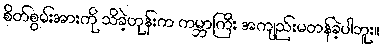
စိတ်စွမ်းအားကို သိခဲ့တုန်းက ကမ္ဘာကြီး အကျည်းမတန်ခဲ့ပါဘူး။